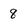
Character: 8